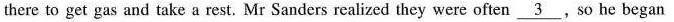
there to get gas and take a rest. Mr Sanders realized they were often \underline{3}.So he began